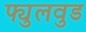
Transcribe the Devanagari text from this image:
फ्युलवुड